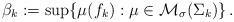
LaTeX: \begin{align*}\beta_k := \sup \{\mu(f_k) : \mu \in \mathcal{M}_{\sigma}(\Sigma_k) \} \,.\end{align*}